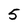
Character: 5